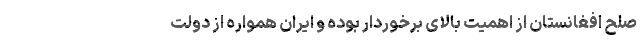
صلح افغانستان از اهمیت بالای برخوردار بوده و ایران همواره از دولت